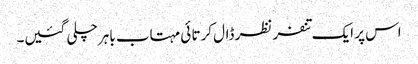
اس پر ایک تنفر نظر ڈال کرتا ئی مہتاب باہر چلی گئیں۔